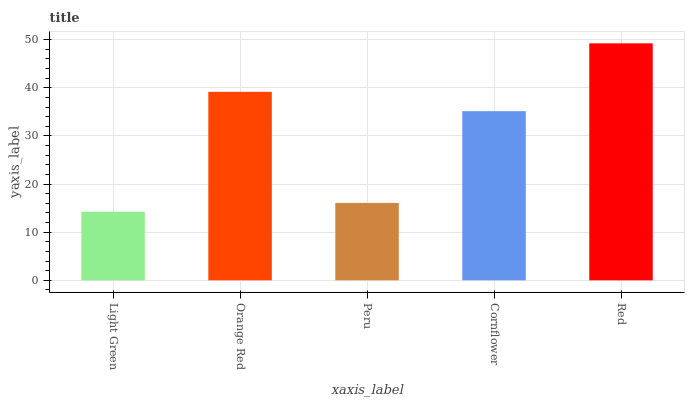
| xaxis_label | bars |
 | --- | --- |
 | Light Green | 14.2 |
 | Orange Red | 39.2 |
 | Peru | 16.1 |
 | Cornflower | 35.2 |
 | Red | 49.2 |